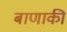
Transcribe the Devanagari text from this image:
बाणाकी